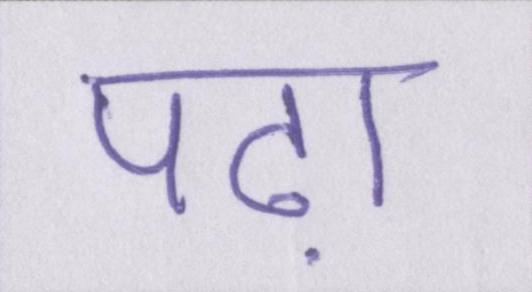
पढ़ा